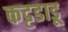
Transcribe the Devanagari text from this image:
कट्टडाडू